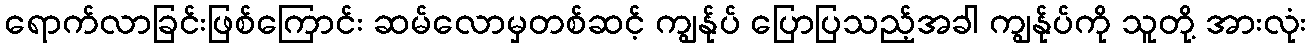
ရောက်လာခြင်းဖြစ်ကြောင်း ဆမ်လောမှတစ်ဆင့် ကျွန်ုပ် ပြောပြသည့်အခါ ကျွန်ုပ်ကို သူတို့ အားလုံး